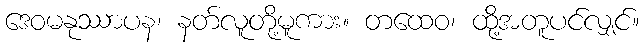
ဒေဝမနုဿာပန၊ နတ်လူတို့မူကား။ တထေဝ၊ ထို့အတူပင်လျှင်။